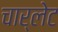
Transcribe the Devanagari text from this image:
चार्लेट